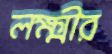
লক্ষ্মীর